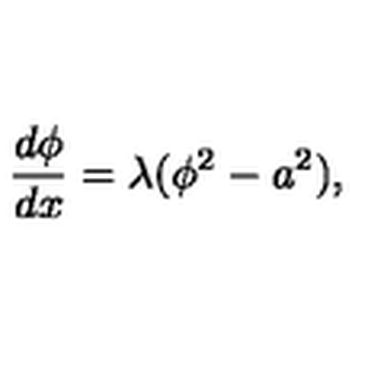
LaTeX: \frac { d \phi } { d x } = \lambda ( \phi ^ { 2 } - a ^ { 2 } ) ,